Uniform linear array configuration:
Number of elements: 24
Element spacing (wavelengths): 0.5
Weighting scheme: hamming
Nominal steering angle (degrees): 60
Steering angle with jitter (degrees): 60.855
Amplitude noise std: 0.05
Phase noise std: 0.05

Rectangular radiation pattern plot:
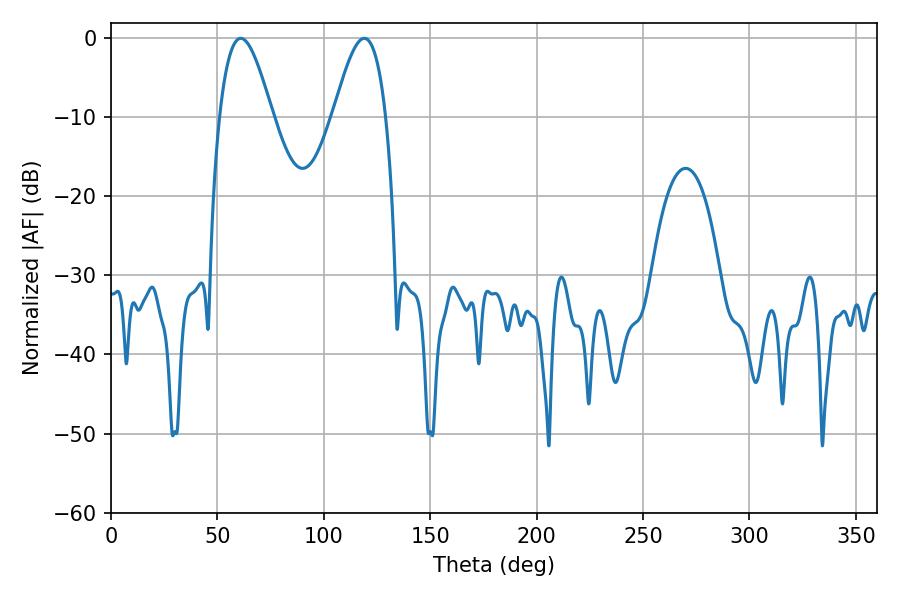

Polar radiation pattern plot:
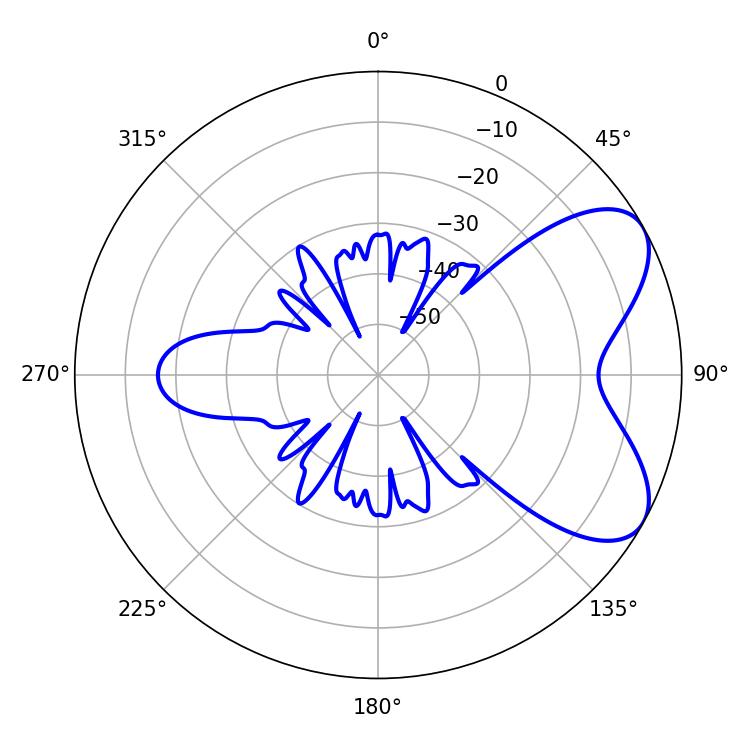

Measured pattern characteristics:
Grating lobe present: FALSE
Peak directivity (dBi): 6.449
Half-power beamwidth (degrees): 13.32
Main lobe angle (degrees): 61.02